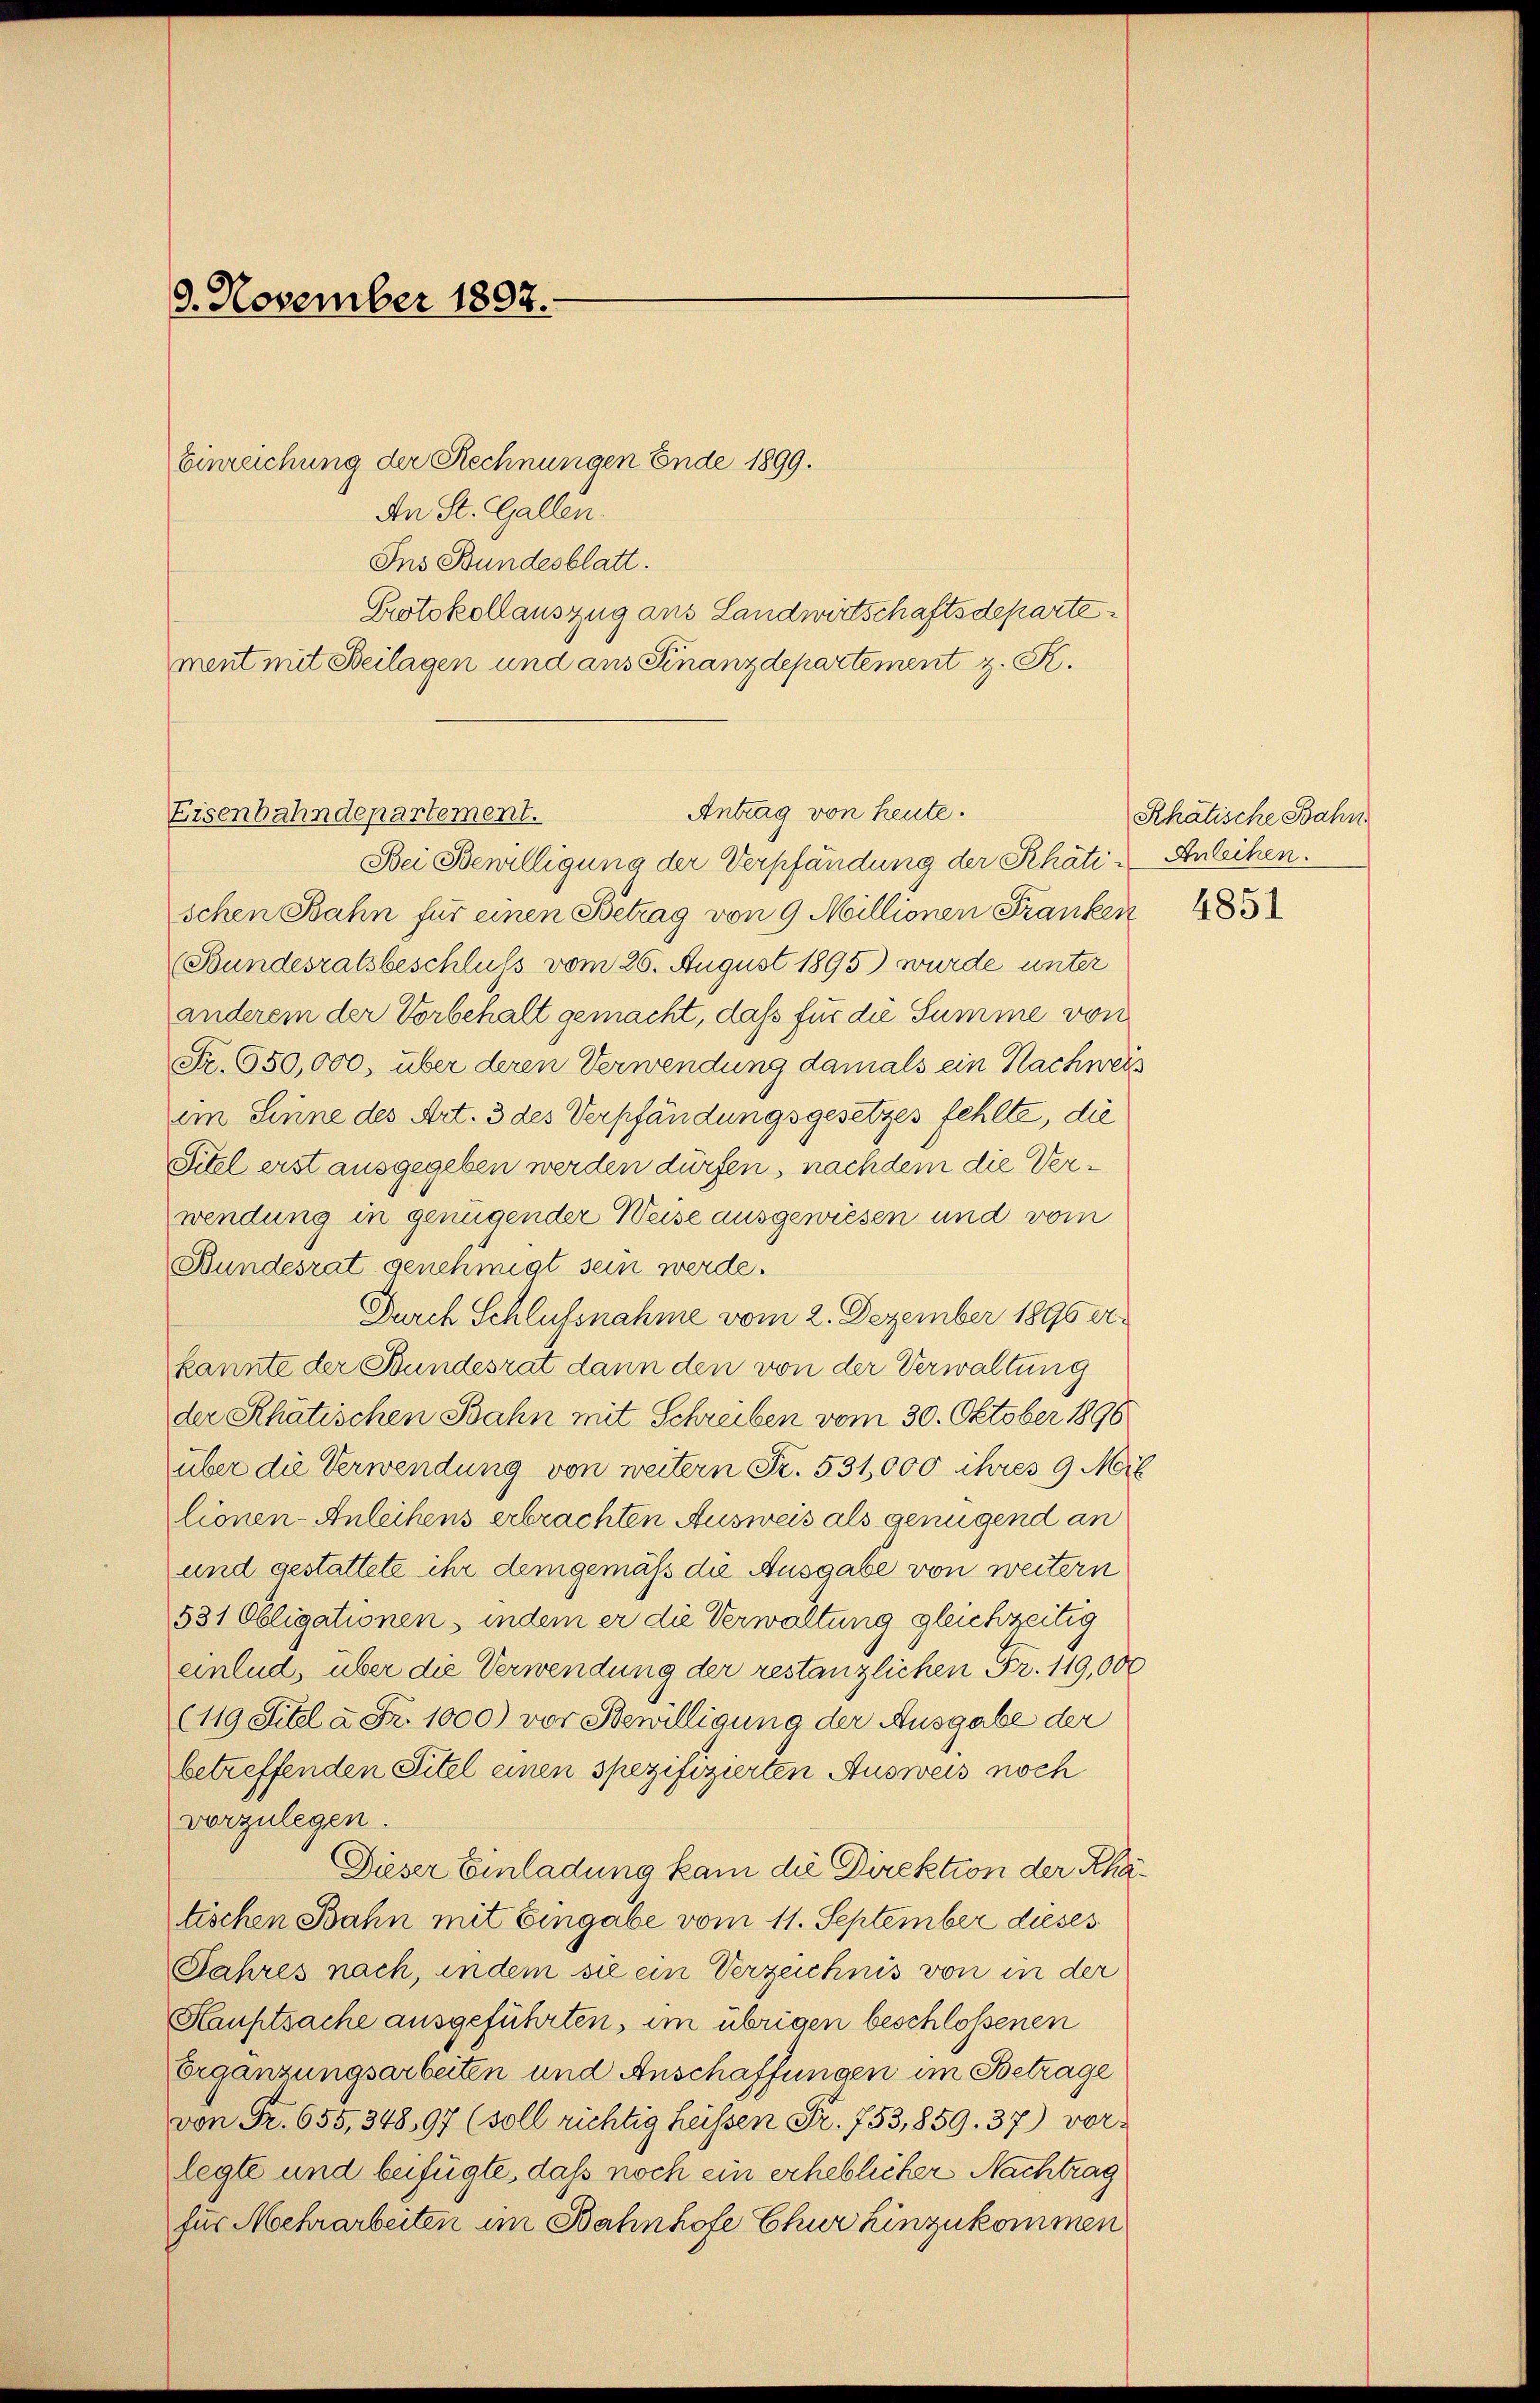
9. November 1897.

Einreichung der Rechnungen Ende 1899.
An St. Gallen.
Ins Bundesblatt.
Protokollauszug aus Landwirtschaftsdeparte
ment mit Beilagen und aus Finanzdepartement z. K.
Bei Bewilligung der Verpfändung der Schäti- Anleihen.
schen Bahn für einen Betrag von 9 Millionen Franken
(Bundesratsbeschluss vom 26. August 1895) wurde unter
anderem der Vorbehalt gemacht, daß für die Summe von
Fr. 650,000, über deren Verwendung damals ein Nachweis
im Sinne des Art. 3 des Verpfändungsgesetzes fehlte, die
Titel erst ausgegeben werden dürfen, nachdem die Verwendung in genügender Weise ausgewiesen und vom
Bundesrat genehmigt sein werde.
Durch Schlußnahme vom 2. Dezember 1890 erkannte der Bundesrat dann den von der Verwaltung
der Rhätischen Bahn mit Schreiben vom 30. Oktober 1896
über die Verwendung von weitern Fr. 531,000 ihres 9 Mil
lionen-Anleihens erbrachten Ausweis als genügend an
und gestattete ihr demgemäß die Ausgabe von weitern
531 Obligationen, indem er die Verwaltung gleichzeitig
einlud, über die Verwendung der restanzlichen Fr. 119,000
(119 Sitel à Fr. 1000) vor Bewilligung der Ausgabe der
betreffenden Titel einen spezifizierten Ausweis noch
vorzulegen.
Dieser Einladung kam die Direktion der Schatischen Bahn mit Eingabe vom 11. September dieses
Jahres nach, indem sie ein Verzeichnis von in der
Hauptsache ausgeführten, im übrigen beschlossenen
Ergänzungsarbeiten und Anschaffungen im Betrage
von Fr. 655, 348,97 (soll richtig heissen Fr. 753,859. 37) vorlegte und beifügte, daß noch ein erheblicher Nachtrag
für Mehrarbeiten im Bahnhofe Chur hinzukommen

Eisenbahndepartement.

Antrag von heute.

Rhätische Bahn

4851